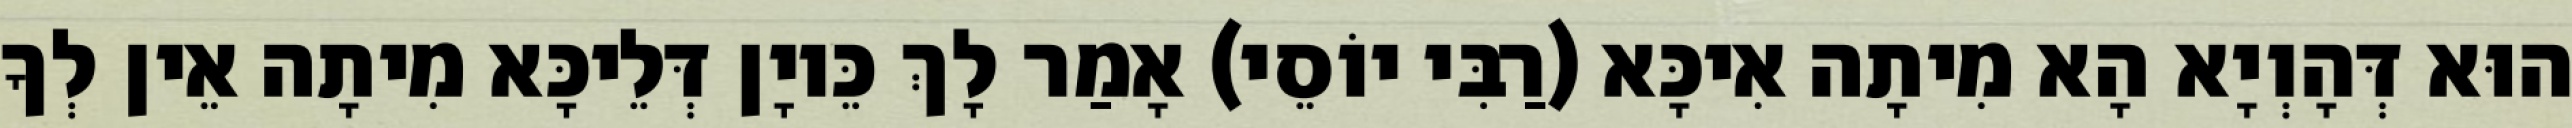
הוּא דְּהָוְיָא הָא מִיתָה אִיכָּא (רַבִּי יוֹסֵי) אָמַר לָךְ כֵּיוָן דְּלֵיכָּא מִיתָה אֵין לְךָ